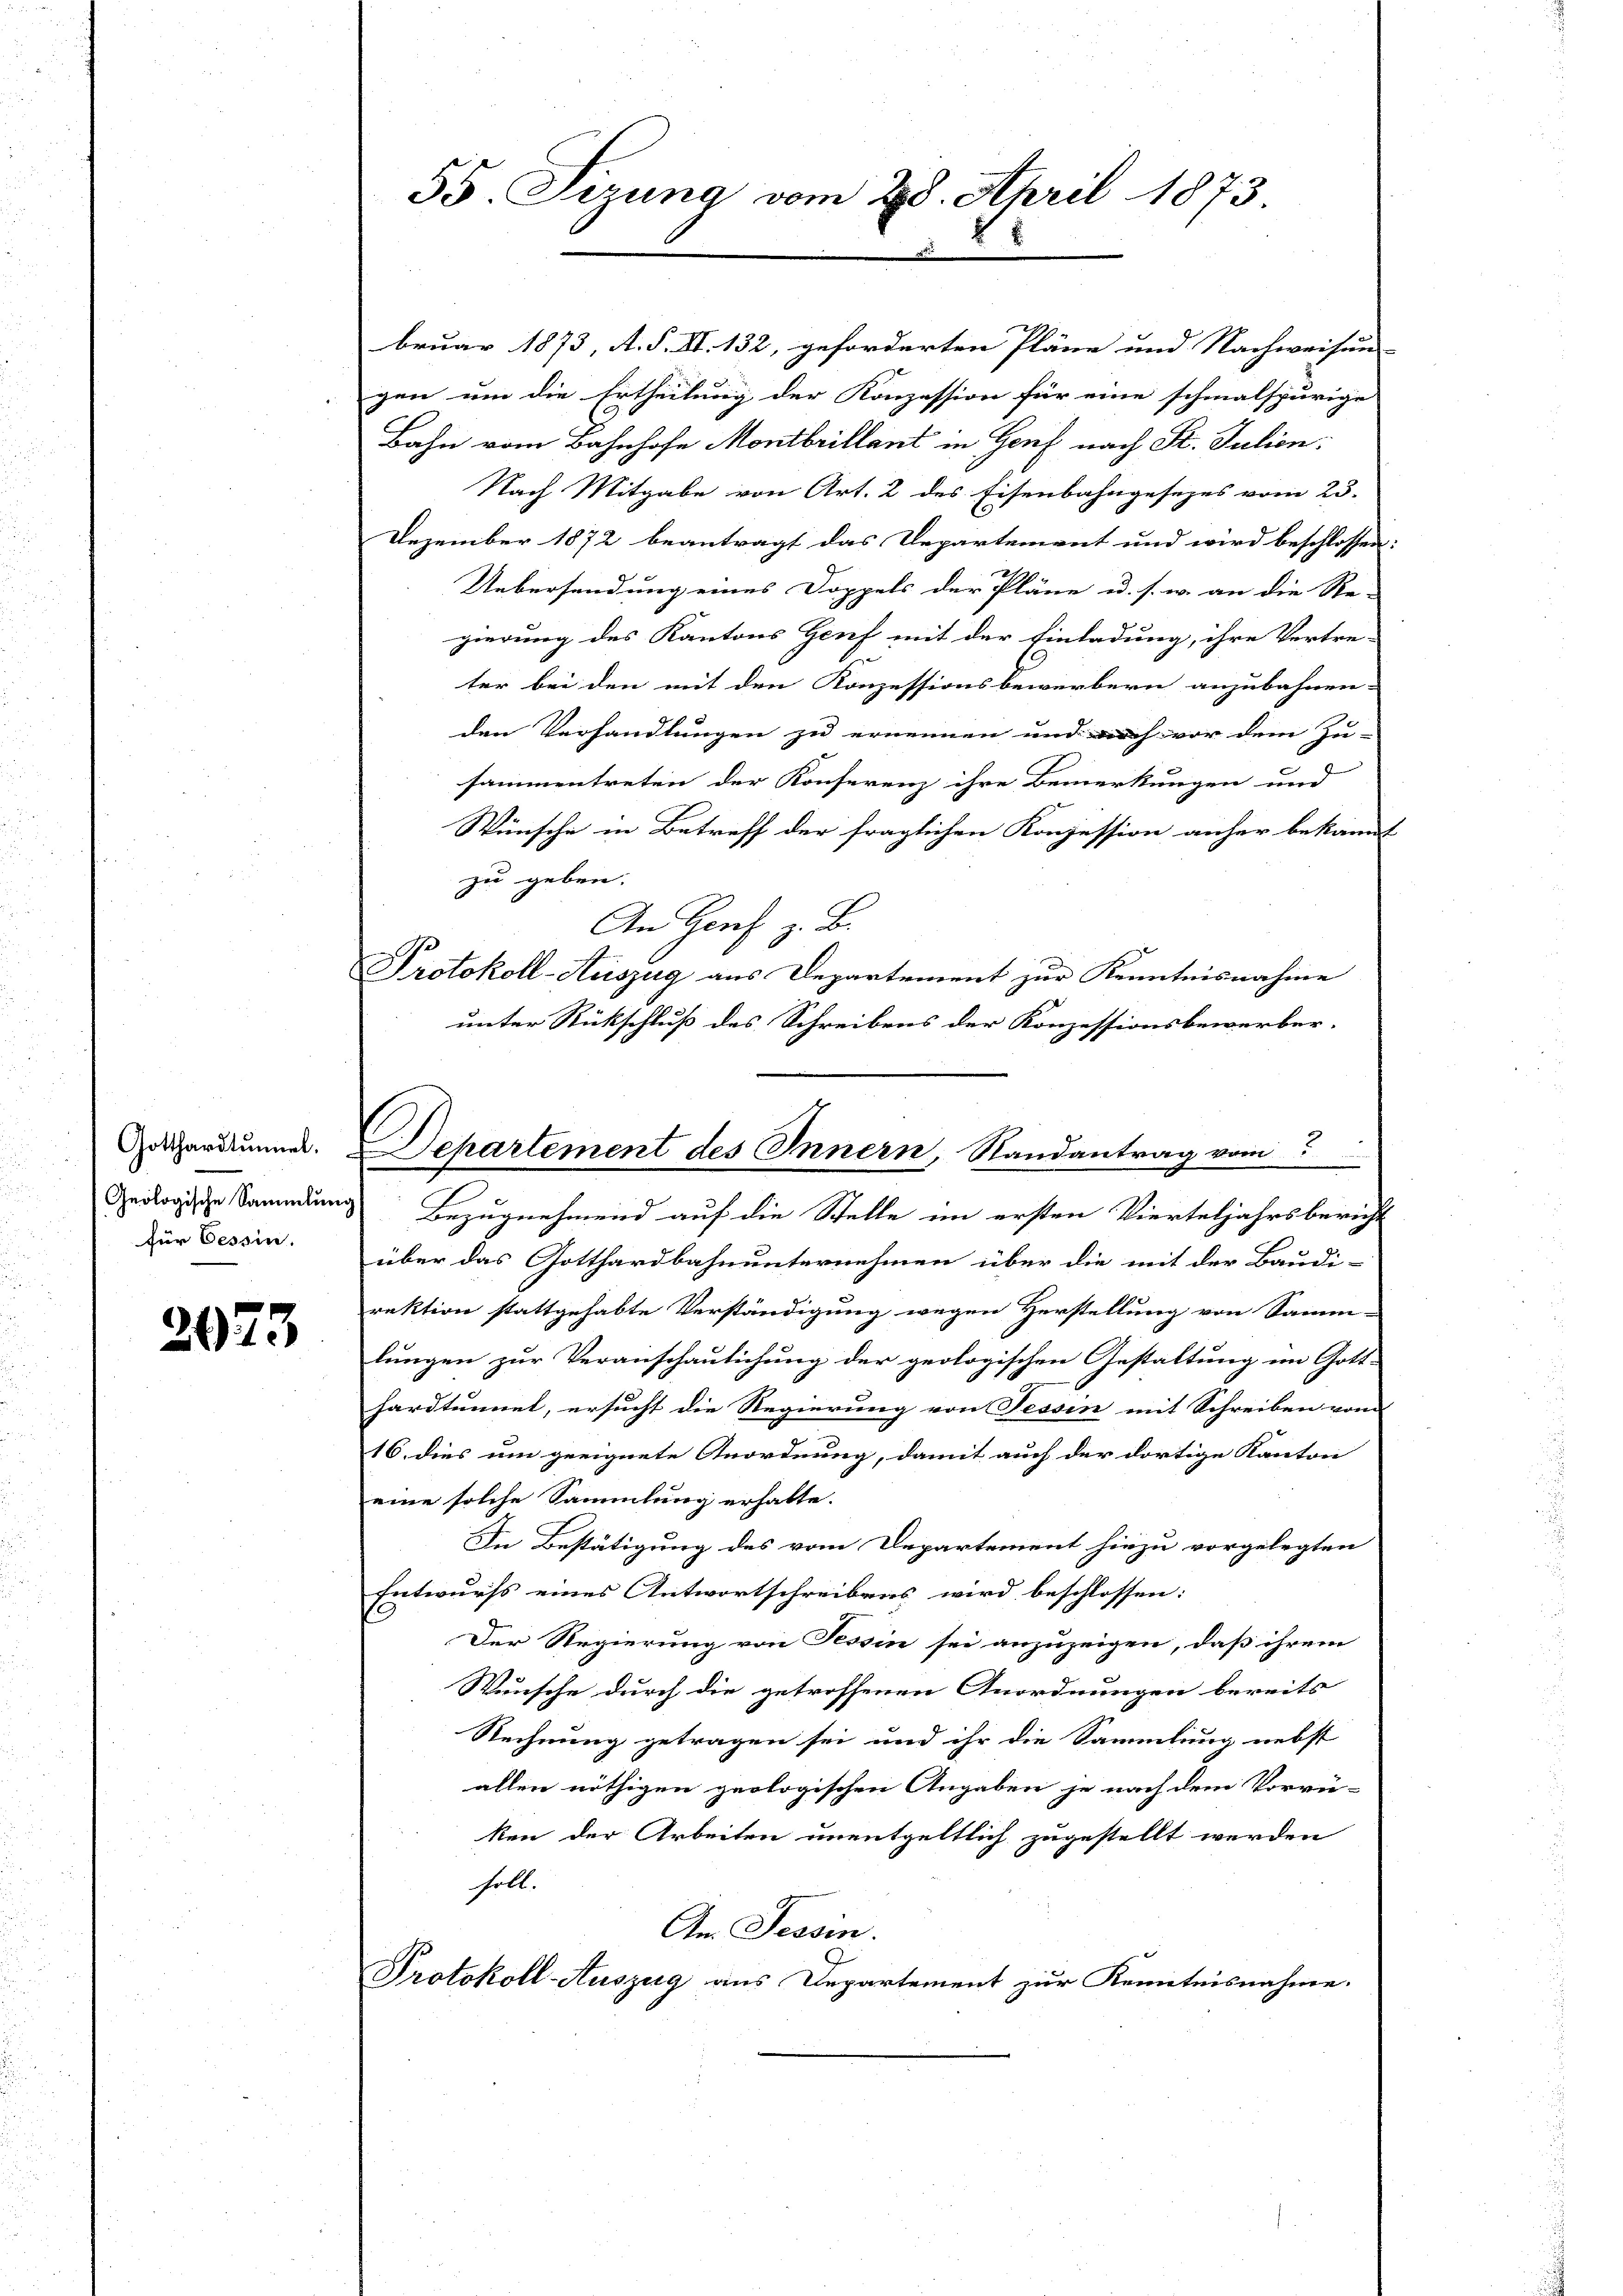
Gotthardtunnel.
Geologische Sammlung
für Cessin.

2073

55. Sizung vom 28. April 1873

Departement des Innern, Randantrag vom

bruar 1873, A. S. II. 132, geforderten Pläne und Nachweisung |
gen um die Ertheilung der Konzession für eine schmalspurige
Bahn vom Bahnhofe Montbrillant in Genf nach St. Julien:
Nach Mitgabe von Art. 2 des Eisenbahngesezes vom 23.
Dezember 1872 beantragt das Departement und wird beschlossen
Uebersendung eines Doppels der Pläne u. s. w. an die Re-
gierung des Kantons Genf mit der Einladung, ihre Vertre-
ter bei den mit den Konzessionsbewerbern anzubahnen-
den Verhandlungen zu ernennen und noch vor dem Zu-
sammentreten der Konferenz ihre Bemerkungen und
Wünsche in Betreff der fraglichen Konzession anher bekannt
zu geben. |
An Herz z. B.
Protokoll-Auszug aus Departement zur Kenntnisnahme
unter Rückschluß des Schreibens der Konzessionsbewerber.
n
Bezugnehmend auf die Stelle im ersten Vierteljahrsbericht
über das Gotthardbahnunternehmen über die mit der Baudi-
rektion stattgehabte Verständigung wegen Verstellung von Samm-
lungen zur Veranschaulichung der geologischen Gestaltung im Gott-
hardtunnet, ersucht die Regierung von Fessen mit Schreiben vom
16. dies um geeignete Anordnung, damit auch der dortige Kanton
eine solche Sammlung erhalte.
In Bestätigung des vom Departement hiezu vorgelegten
Entwurfs eines Antwortschreibens wird beschlossen:
Der Regierung von Tessin sei anzuzeigen, daß ihrem
Wunsche durch die getroffenen Anordnungen bereits
Rechnung getragen sei und ihr die Sammlung nebst
allen nöthigen geologischen Angaben je nach dem Vorrü-
ken der Arbeiten unentgeltlich zugestellt werden
holt.
An Tessin.
Protokoll-Auszug aus Departement zur Kenntnisnahme.